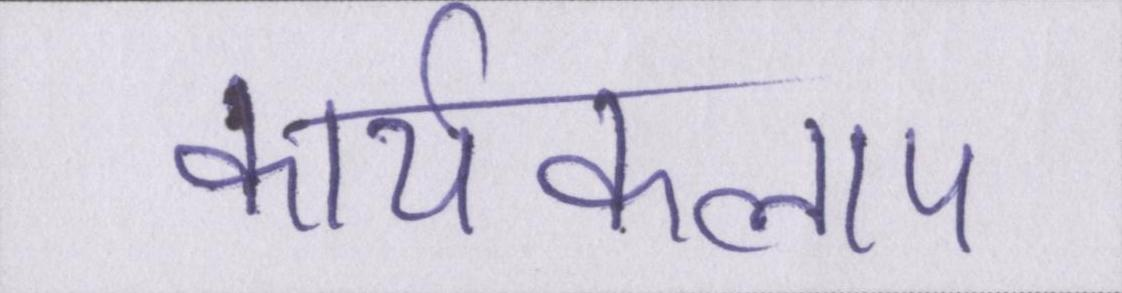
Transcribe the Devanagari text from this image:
कार्यकलाप